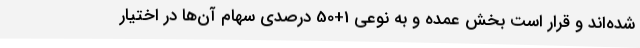
شده‌اند و قرار است بخش عمده و به نوعی 1+50 درصدی سهام آن‌ها در اختیار